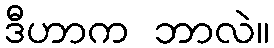
ဒီဟာက ဘာလဲ။